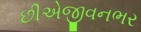
છીએજીવનભર